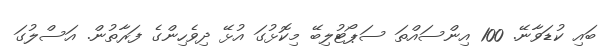
ބައި ކުޑަވާނޭ. 100 އިންސައްތަ ސަޕޯޓުލިބޭ މިކޮޅުގަ އުޅޭ ދިވެހިންގެ ފަރާތުން. އަސްލުގަ